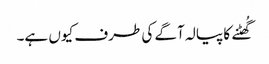
گُھٹنے کا پیالہ آگے کی طرف کیوں ہے۔